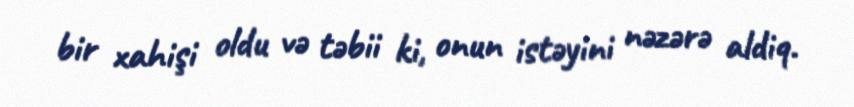
bir xahişi oldu və təbii ki, onun istəyini nəzərə aldiq.